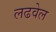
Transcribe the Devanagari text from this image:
लढवेल